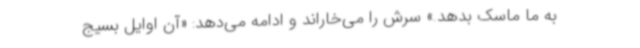
به ما ماسک بدهد.» سرش را می‌خاراند و ادامه می‌دهد: «آن اوایل بسیج